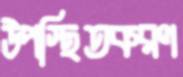
উপস্থিতকরণ